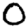
Digit: 0